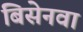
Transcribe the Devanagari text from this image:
बिसेनवा